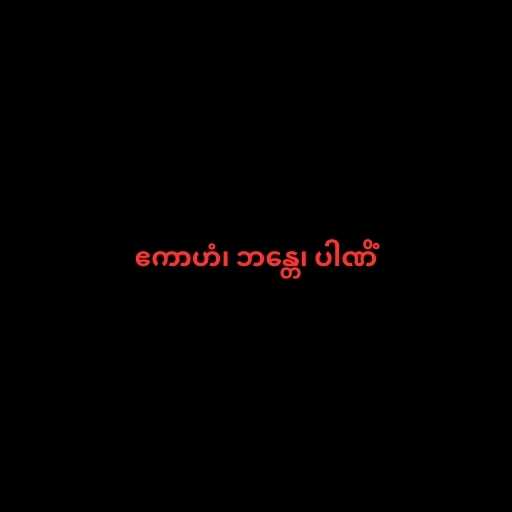
ဧကာဟံ၊ ဘန္တေ၊ ပါဏိံ